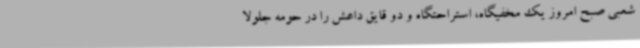
شعبی صبح امروز یک مخفیگاه، استراحتگاه و دو قایق داعش را در حومه جلولا